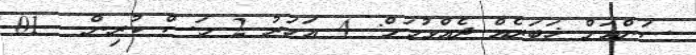
ސަންއަށް ޚަބަރެއް ދެއްވުމަށް: 4 އަހަރު 2 މަސް ކުރިން - 01